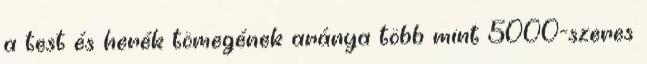
a test és herék tömegének aránya több mint 5000-szeres